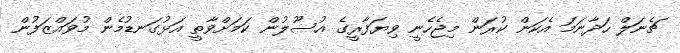
ޗެނަލް ހަދާނަމަ އެކަން ކުރަން މިޖެހެނީ ވިޔަފާރީގެ އުސޫލުން ކަމަށްވާތީ އަޅުގަނޑުމެން މުވައްޒަފުން